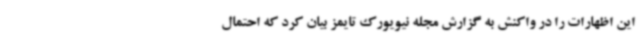
این اظهارات را در واکنش به گزارش مجله نیویورک تایمز بیان کرد که احتمال